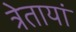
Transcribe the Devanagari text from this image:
त्रेतायां